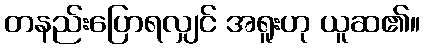
တနည်းပြောရလျှင် အရူးဟု ယူဆ၏။